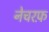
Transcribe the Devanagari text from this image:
नेचरफ़